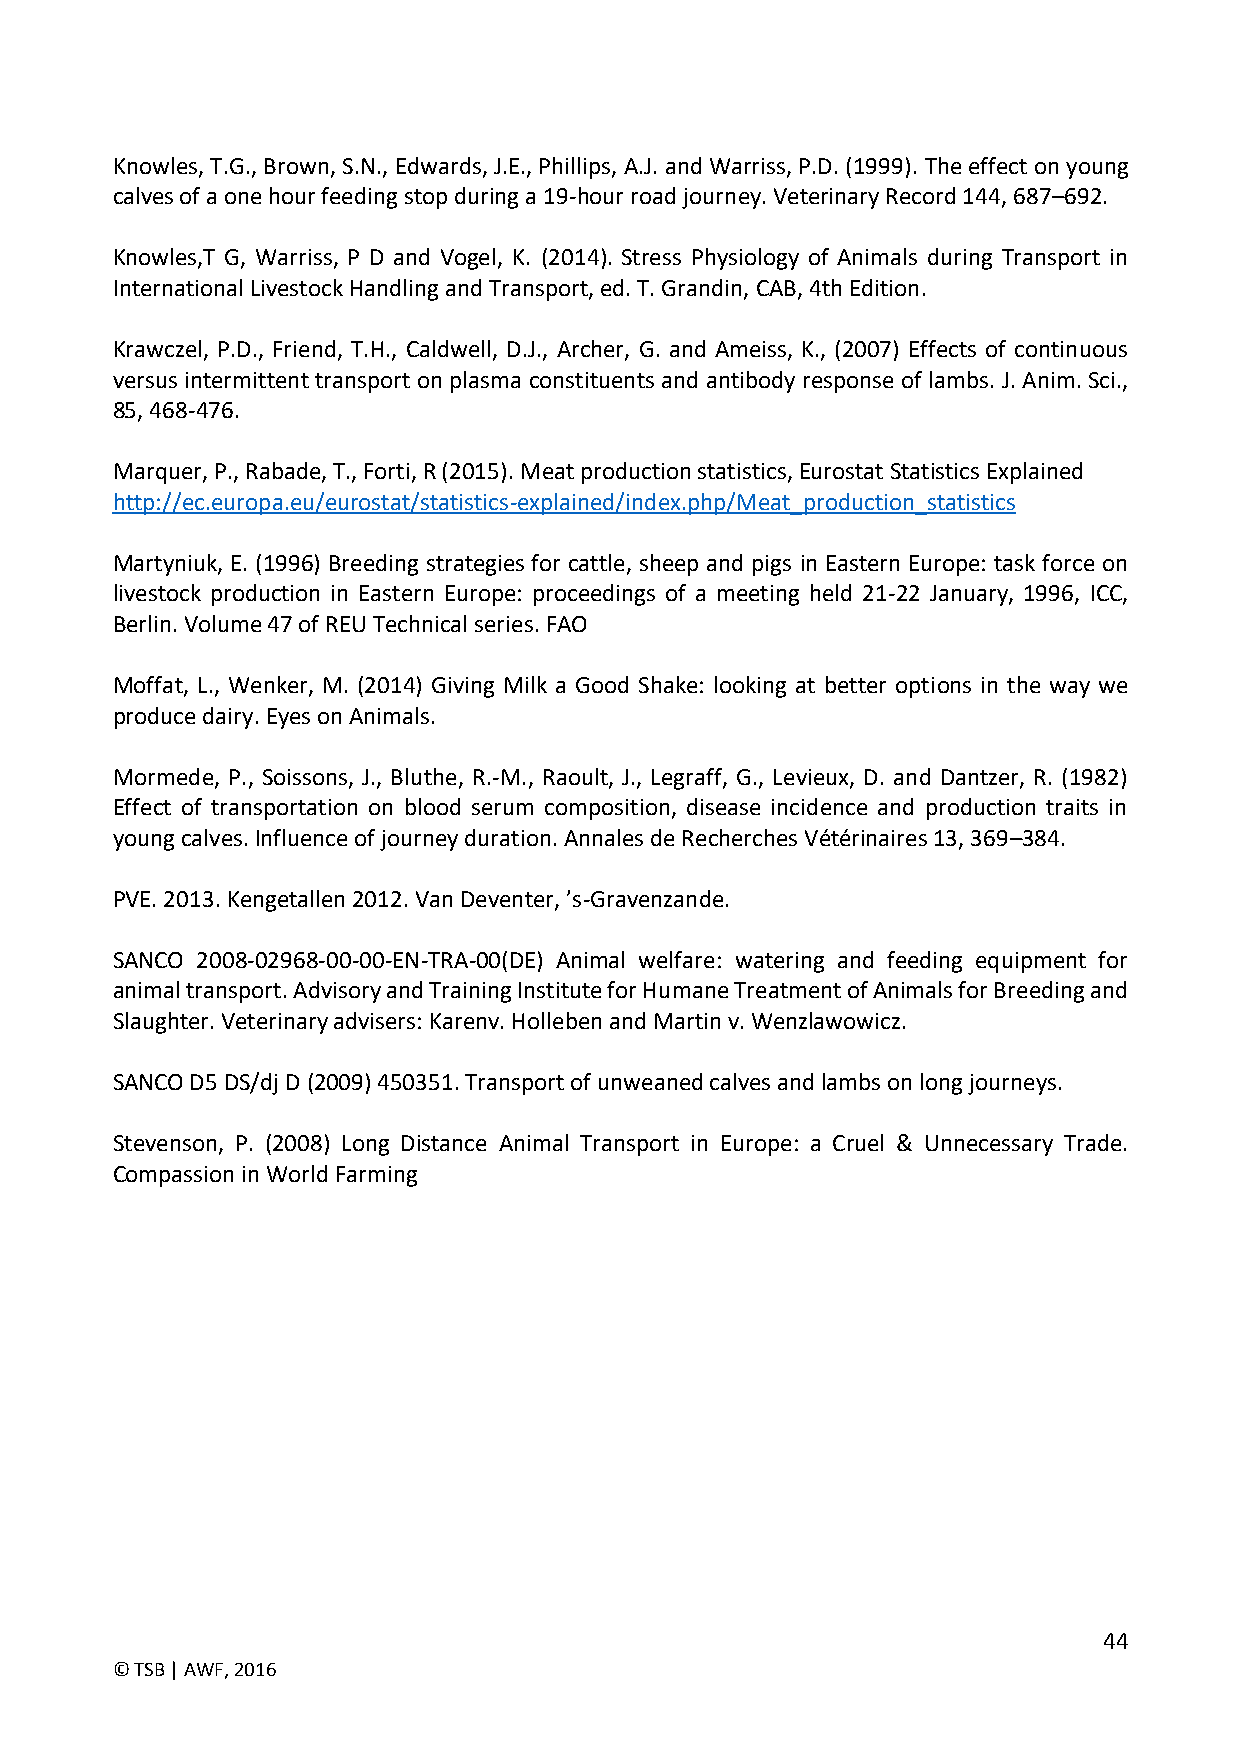
Knowles, T.G., Brown, S.N., Edwards, J.E., Phillips, A.J. and Warriss, P.D. (1999). The effect on young
 calves of a one hour feeding stop during a 19-hour road journey. Veterinary Record 144, 687–692.
 Knowles,T G, Warriss, P D and Vogel, K. (2014). Stress Physiology of Animals during Transport in
 International Livestock Handling and Transport, ed. T. Grandin, CAB, 4th Edition.
 Krawczel, P.D., Friend, T.H., Caldwell, D.J., Archer, G. and Ameiss, K., (2007) Effects of continuous
 versus intermittent transport on plasma constituents and antibody response of lambs. J. Anim. Sci.,
 85, 468-476.
 Marquer, P., Rabade, T., Forti, R (2015). Meat production statistics, Eurostat Statistics Explained
 http://ec.europa.eu/eurostat/statistics-explained/index.php/Meat_production_statistics
 Martyniuk, E. (1996) Breeding strategies for cattle, sheep and pigs in Eastern Europe: task force on
 livestock production in Eastern Europe: proceedings of a meeting held 21-22 January, 1996, ICC,
 Berlin. Volume 47 of REU Technical series. FAO
 Moffat, L., Wenker, M. (2014) Giving Milk a Good Shake: looking at better options in the way we
 produce dairy. Eyes on Animals.
 Mormede, P., Soissons, J., Bluthe, R.-M., Raoult, J., Legraff, G., Levieux, D. and Dantzer, R. (1982)
 Effect of transportation on blood serum composition, disease incidence and production traits in
 young calves. Influence of journey duration. Annales de Recherches Vétérinaires 13, 369–384.
 PVE. 2013. Kengetallen 2012. Van Deventer, ’s-Gravenzande.
 SANCO 2008-02968-00-00-EN-TRA-00(DE) Animal welfare: watering and feeding equipment for
 animal transport. Advisory and Training Institute for Humane Treatment of Animals for Breeding and
 Slaughter. Veterinary advisers: Karenv. Holleben and Martin v. Wenzlawowicz.
 SANCO D5 DS/dj D (2009) 450351. Transport of unweaned calves and lambs on long journeys.
 Stevenson, P. (2008) Long Distance Animal Transport in Europe: a Cruel & Unnecessary Trade.
 Compassion in World Farming
 44
 © TSB | AWF, 2016